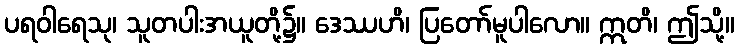
ပရဝါရေသု၊ သူတပါးအယူတို့၌။ ဒေဿဟိ၊ ပြတော်မူပါလော။ ဣတိ၊ ဤသို့။